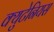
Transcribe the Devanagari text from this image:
क्युटेनियस